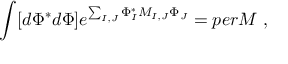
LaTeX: \int [ d \Phi ^ { * } d \Phi ] e ^ { \sum _ { I , J } \Phi _ { I } ^ { * } M _ { I , J } \Phi _ { J } } = p e r M \ ,